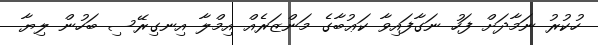
ހުކުރު ނަމާދަށް ފަހު ނަގާފައިވާ ކަޢުބާގެ މަންޒަރެއް އިމްލާ އިނގިރޭސި ބަހުން ލިޔާ